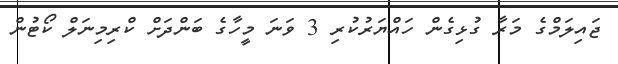
ޖައިލަމްގެ މަރާ ގުޅިގެން ހައްޔަރުކުރި 3 ވަނަ މީހާގެ ބަންދަށް ކްރިމިނަލް ކޯޓުން